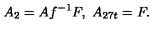
A _ { 2 } = A f ^ { - 1 } F , \ A _ { 2 7 t } = F .